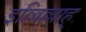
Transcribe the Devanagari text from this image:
इल्लिल्लाह्